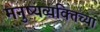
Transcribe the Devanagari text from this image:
मनुष्यव्यक्तिच्या